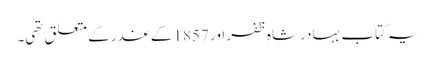
یہ کتاب بہادر شاہ ظفر اور 1857 کے غدر کے متعلق تھی۔